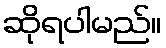
ဆိုရပါမည်။